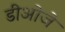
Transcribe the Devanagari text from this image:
डीओजे